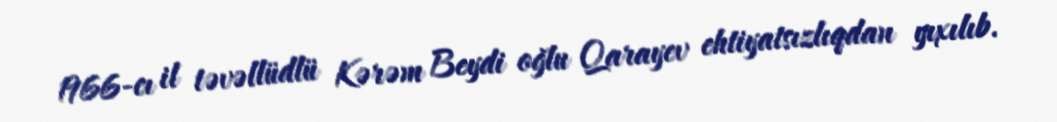
1966-cı il təvəllüdlü Kərəm Beydi oğlu Qarayev ehtiyatsızlıqdan yıxılıb.